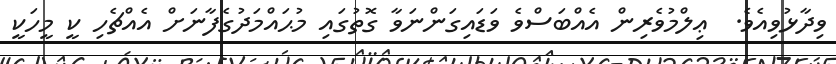
ވިދާޅުވިއެވެ.  ޢިލްމުވެރިން އެއްބަސްވެ ވަޑައިގަންނަވާ ގޮތުގައި މުޙައްމަދުގެފާނަށް އެއްޗެހި ކީ މީހަކީ